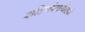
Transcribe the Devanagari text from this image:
सौंदर्यस्पर्धेमध्ये